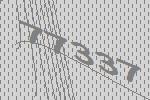
77337